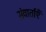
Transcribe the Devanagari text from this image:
संवार्ताएँ